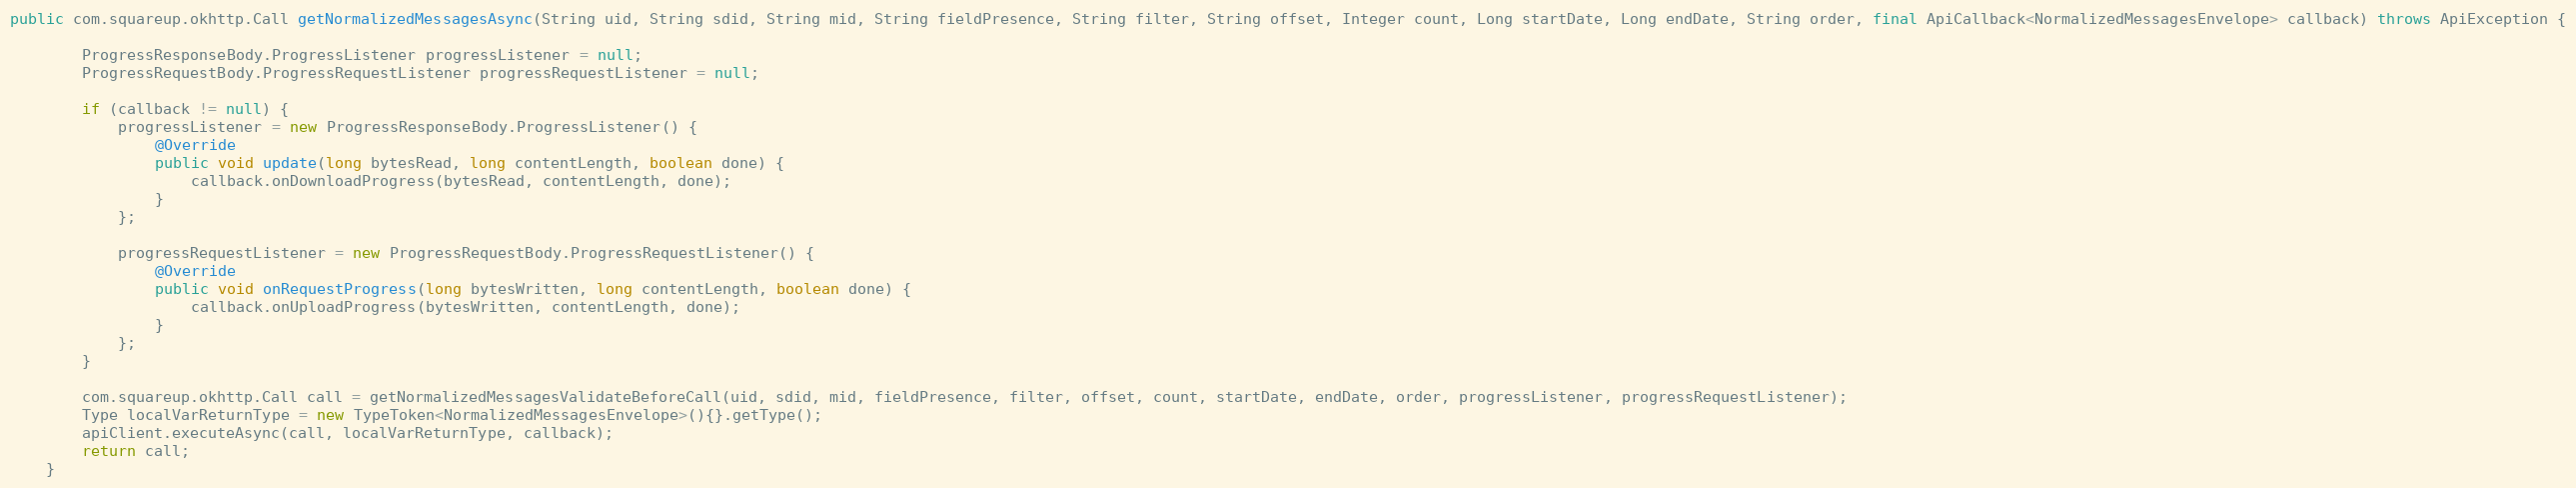
Language: Java
public com.squareup.okhttp.Call getNormalizedMessagesAsync(String uid, String sdid, String mid, String fieldPresence, String filter, String offset, Integer count, Long startDate, Long endDate, String order, final ApiCallback<NormalizedMessagesEnvelope> callback) throws ApiException {

        ProgressResponseBody.ProgressListener progressListener = null;
        ProgressRequestBody.ProgressRequestListener progressRequestListener = null;

        if (callback != null) {
            progressListener = new ProgressResponseBody.ProgressListener() {
                @Override
                public void update(long bytesRead, long contentLength, boolean done) {
                    callback.onDownloadProgress(bytesRead, contentLength, done);
                }
            };

            progressRequestListener = new ProgressRequestBody.ProgressRequestListener() {
                @Override
                public void onRequestProgress(long bytesWritten, long contentLength, boolean done) {
                    callback.onUploadProgress(bytesWritten, contentLength, done);
                }
            };
        }

        com.squareup.okhttp.Call call = getNormalizedMessagesValidateBeforeCall(uid, sdid, mid, fieldPresence, filter, offset, count, startDate, endDate, order, progressListener, progressRequestListener);
        Type localVarReturnType = new TypeToken<NormalizedMessagesEnvelope>(){}.getType();
        apiClient.executeAsync(call, localVarReturnType, callback);
        return call;
    }